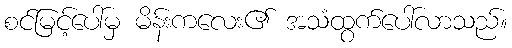
စင်မြင့်ပေါ်မှ မိန်းကလေး၏ အသံထွက်ပေါ်လာသည်။